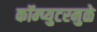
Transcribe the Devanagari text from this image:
कॉम्प्युटरमुळे